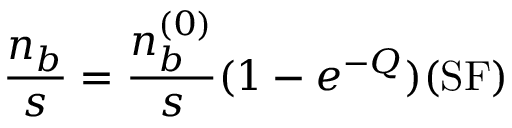
\frac { n _ { b } } { s } = \frac { n _ { b } ^ { ( 0 ) } } { s } ( 1 - e ^ { - Q } ) ( \mathrm { S F } )